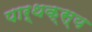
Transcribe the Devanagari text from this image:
पार्थक्स्य